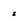
Character: s